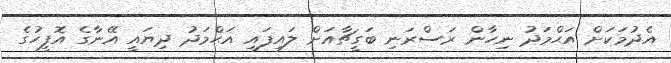
އެދުމަކަށް އަޙްމަދު ނިހާން ރަސްރަނި ބަގީޗާއަށް ލައިފައި އަޙްމަދު ދިޔައީ އޭނާގެ އޮފީހުގެ